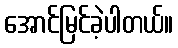
အောင်မြင်ခဲ့ပါတယ်။